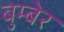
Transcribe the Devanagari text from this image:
बुम्बेर